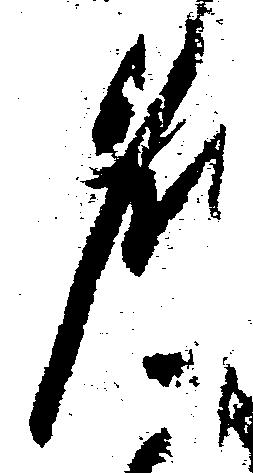
名